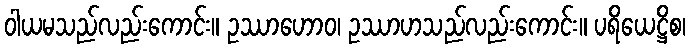
ဝါယမသည်လည်းကောင်း။ ဥဿာဟောဝ၊ ဥဿာဟသည်လည်းကောင်း။ ပရိယေဋ္ဌိစ၊